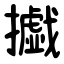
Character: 㩬